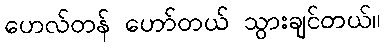
ဟေလ်တန် ဟော်တယ် သွားချင်တယ်။